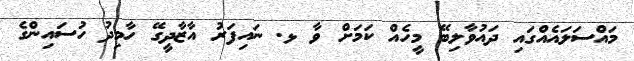
މައްސަލައެއްގައި ދައުވާލިބޭ މީހެއް ކަމަށް ވާ ޅ. ނައިފަރު އާޒާދީގޭ ހާމިދު ހުސައިންގެ